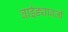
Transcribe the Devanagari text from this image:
बाईड्याबती